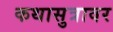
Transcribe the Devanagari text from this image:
कथासुत्रावर